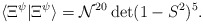
\begin{align*}\langle\Xi^{\psi}|\Xi^{\psi}\rangle=\mathcal{N}^{20}\det(1-S^{2})^{5}.\end{align*}